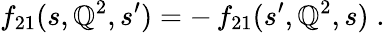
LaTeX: f_{21}(s,\mathbb{Q}^{2},s^{\prime})=-\, f_{21}(s^{\prime},\mathbb{Q}^{2},s)\; .